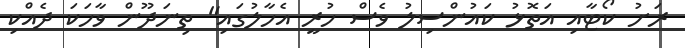
ރަށު ކޯޓާއި އަތޮޅު ކައުންސިލު ވެސް ހުރީ އެހާލުގައި" ތިނަދޫން ވާހަކަ ދެއްކި